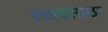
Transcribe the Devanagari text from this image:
रसदसाठा